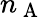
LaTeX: n_{\mathrm{~A~}}